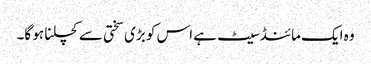
وہ ایک مائنڈسیٹ ہے اس کو بڑی سختی سے کچلنا ہو گا۔